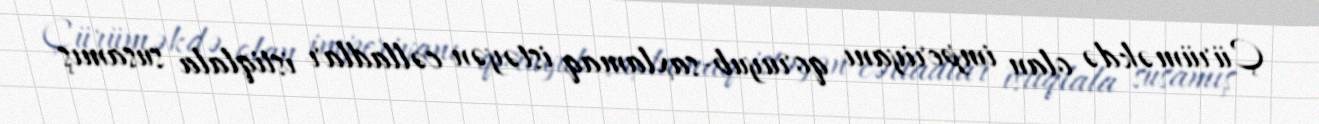
Çürüməkdə olan imperiyanı qoruyub-saxlamaq istəyən cəlladlar istiqlala susamış